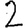
Digit: 2